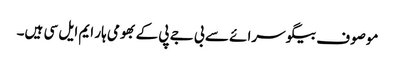
موصوف بیگو سرائے سے بی جے پی کے بھومی ہار ایم ایل سی ہیں۔